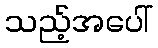
သည့်အပေါ်